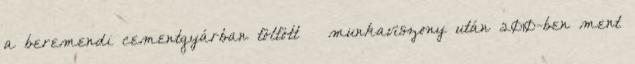
a beremendi cementgyárban töltött – munkaviszony után 2010-ben ment